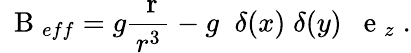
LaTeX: \mathrm{~\mathbf~B~}_{eff}=g\frac{\mathrm{~\mathbf~r~}}{r^{3}}-g\; \; \delta(x)\; \delta(y)\; {\mathrm{~\mathbf~e~}}_{z}\; .